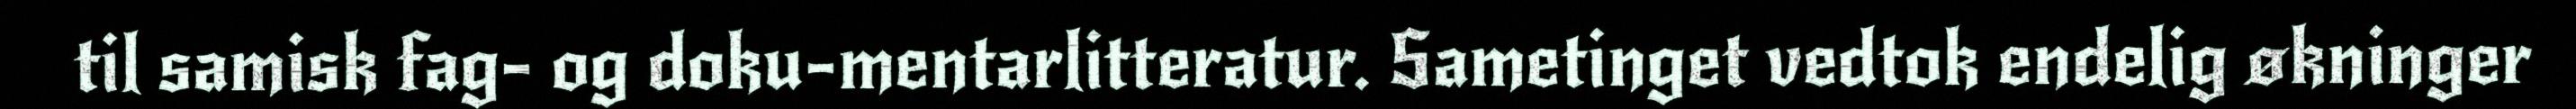
til samisk fag- og doku-mentarlitteratur. Sametinget vedtok endelig økninger